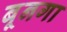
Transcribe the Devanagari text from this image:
बूनगा